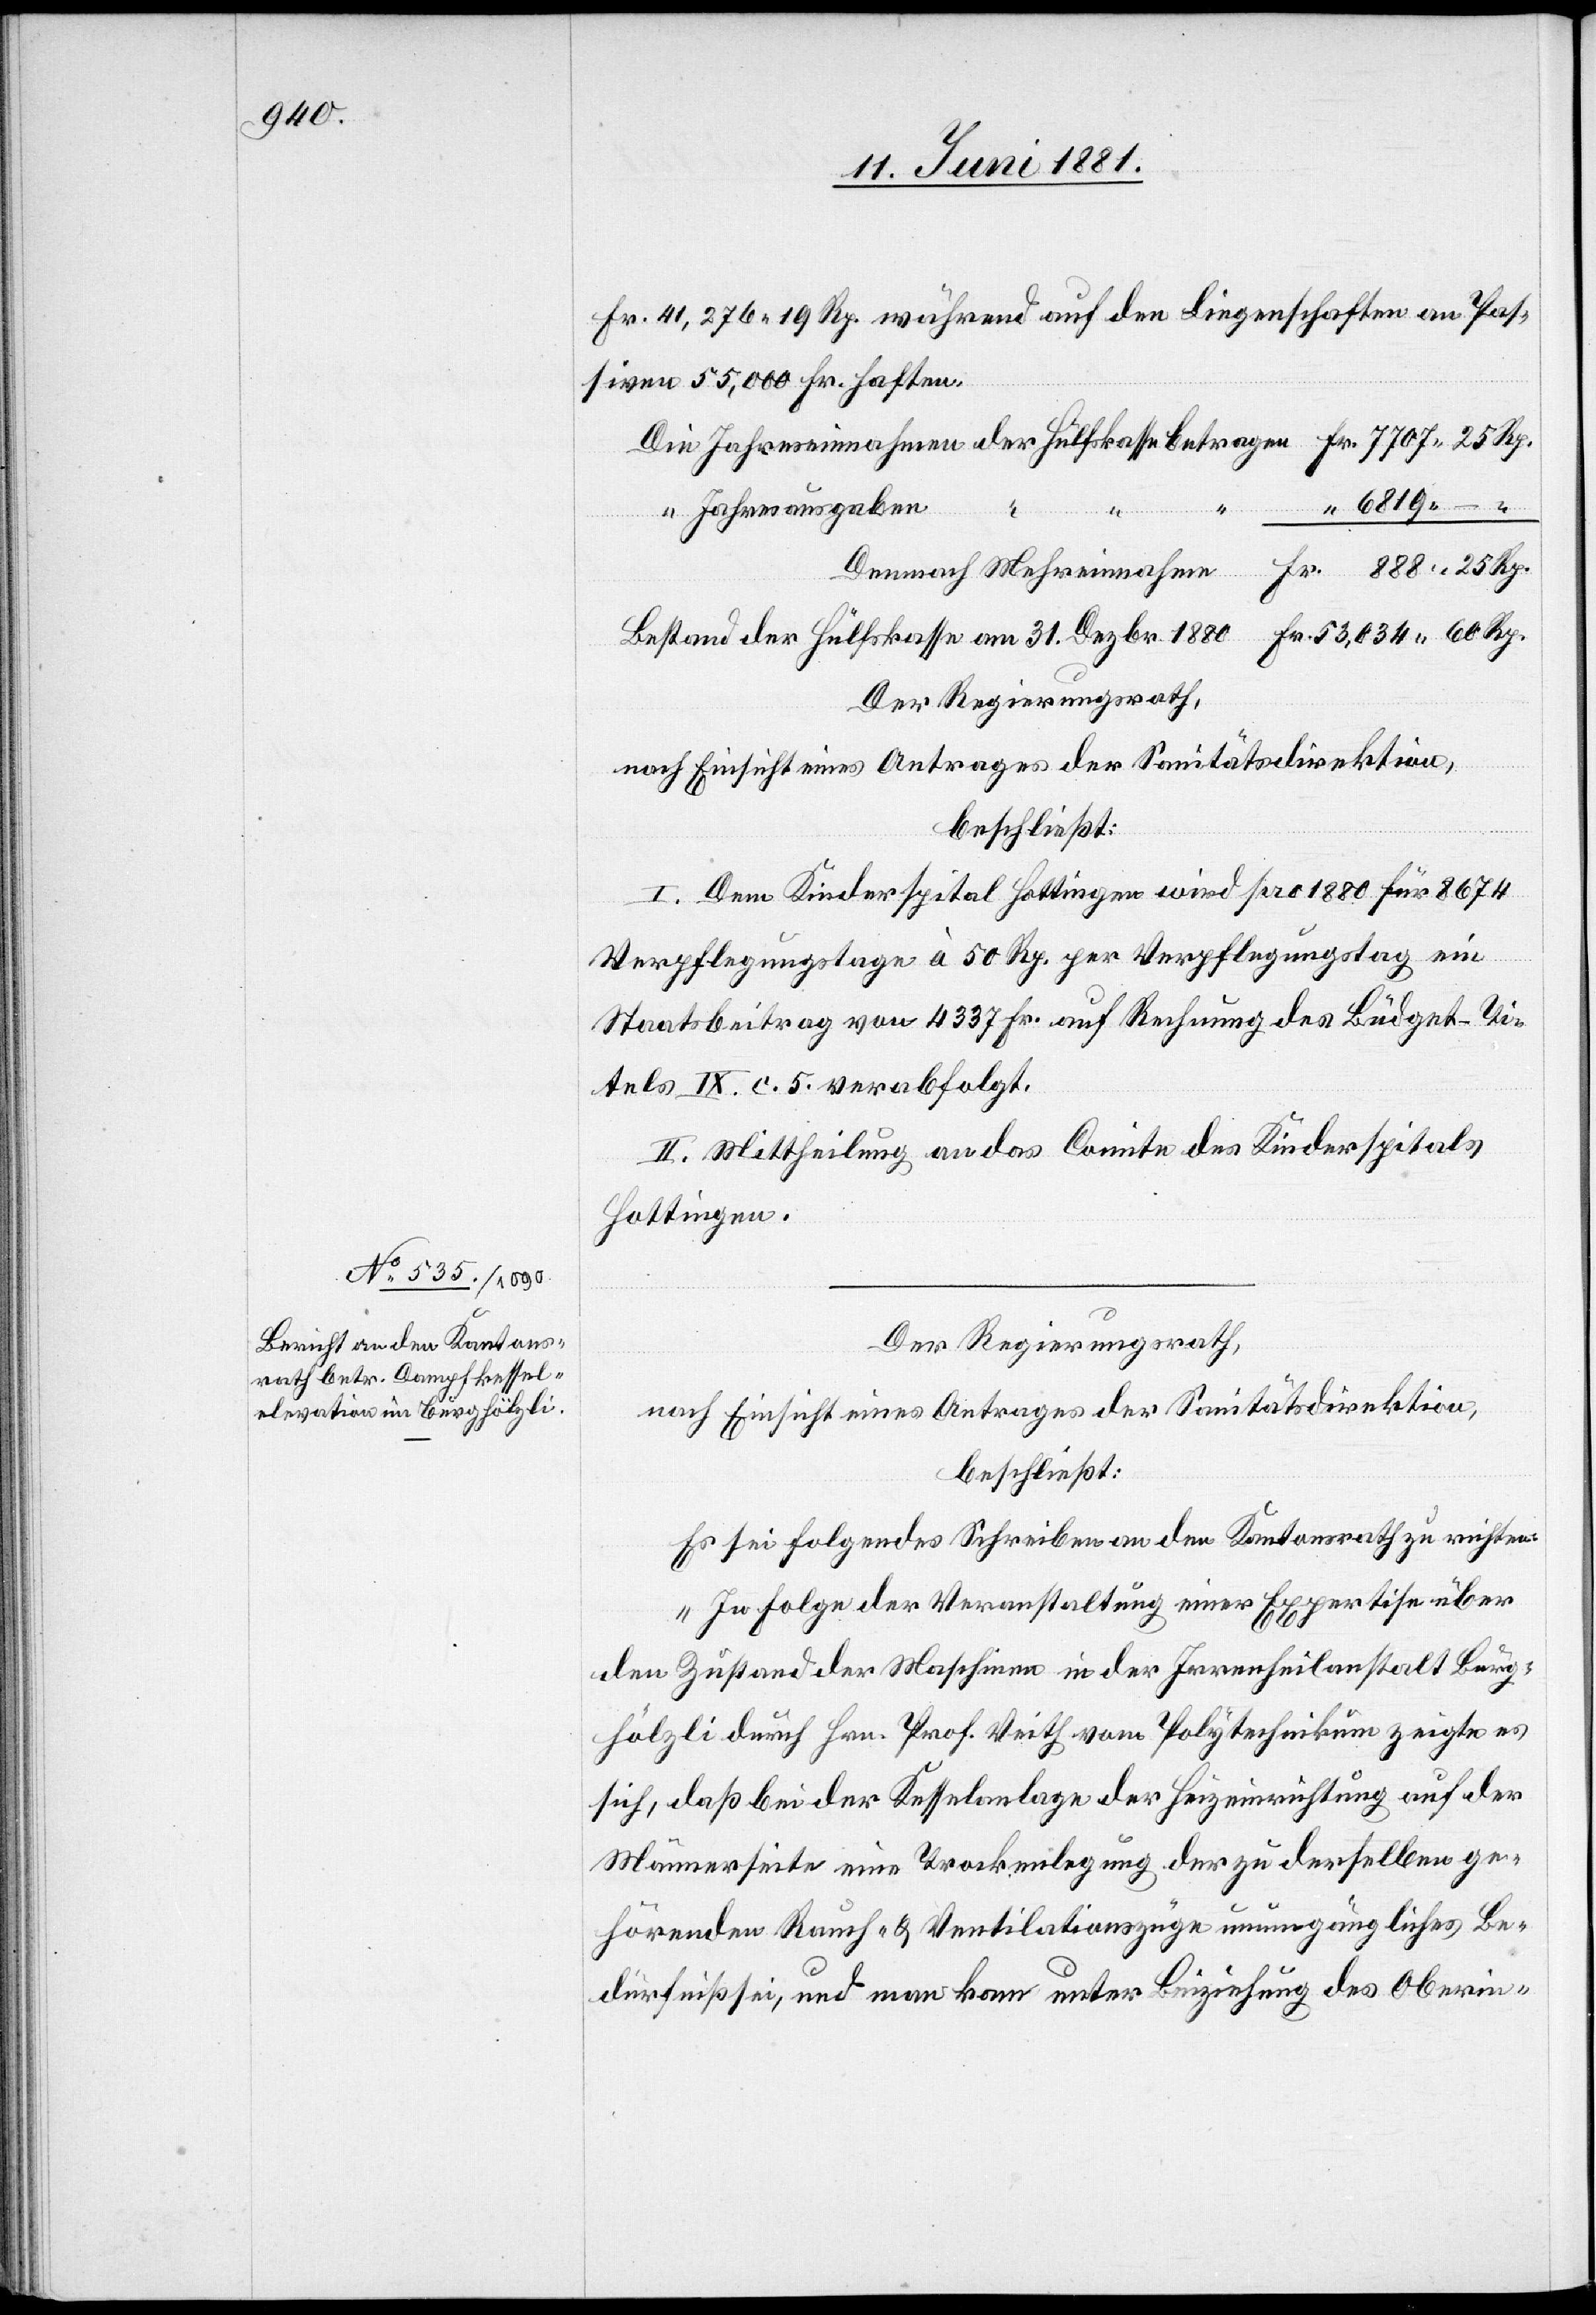
Fr. 41,276 19 Rp. während auf den Liegenschaften an Pas¬
siven 55,000 Fr. haften.
Fr.
Jahresausgaben
Dezbr.
Der Regierungsrath,
Rp.
nach Einsicht eines Antrages der Sanitätsdirektion,
beschließt:
I. Dem Kinderspital Hottingen wird pro 1880 für 8674
Verpflegungstage à 50 Rp. per Verpflegungstag ein
Staatsbeitrag von 4337 Fr. auf Rechnung des Büdget-Ti¬
tels IX. c. 5. verabfolgt.
II. Mittheilung an das Comite des Kinderspitals
Hottingen.
Der Regierungsrath,
nach Einsicht eines Antrages der Sanitätsdirektion,
beschließt:
Es sei folgendes Schreiben an den Kantonsrath zu richten:
„In Folge der Veranstaltung einer Expertise über
den Zustand der Maschinen in der Irrenheilanstalt Burg¬
hölzli durch Hrn. Prof. Veith vom Polytechnikum zeigte es
sich, daß bei der Kesselanlage der Heizeinrichtung auf der
Mauerseite eine Trockenlegung der zu derselben ge¬
hörenden Rauch- & Ventilationszüge unausgängliches Be¬
dürfniß sei, und man kam unter Beiziehung des Oberin-